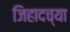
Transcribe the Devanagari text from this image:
जिहादच्या